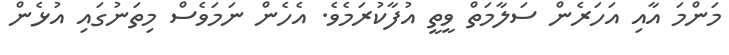
މަންމަ އާއި އަހަރެން ސަލާމަތް ވީތީ އުފާކުރަމެވެ. އެެހެން ނަމަވެސް މިތަނުގައި އުޅެން